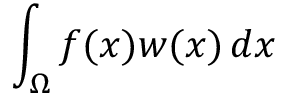
\int _ { \Omega } f ( x ) w ( x ) \, d x